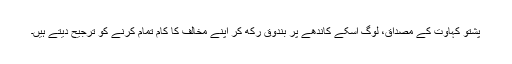
پشتو کہاوت کے مصداق، لوگ اسکے کاندھے پر بندوق رکھ کر اپنے مخالف کا کام تمام کرنے کو ترجیح دیتے ہیں۔